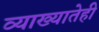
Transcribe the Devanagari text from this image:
व्याख्यातेही